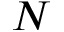
N